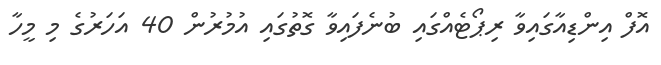
އޮފް އިންޑިއާގައިވާ ރިޕޯޓެއްގައި ބުނެފައިވާ ގޮތުގައި އުމުރުން 40 އަހަރުގެ މި މީހާ